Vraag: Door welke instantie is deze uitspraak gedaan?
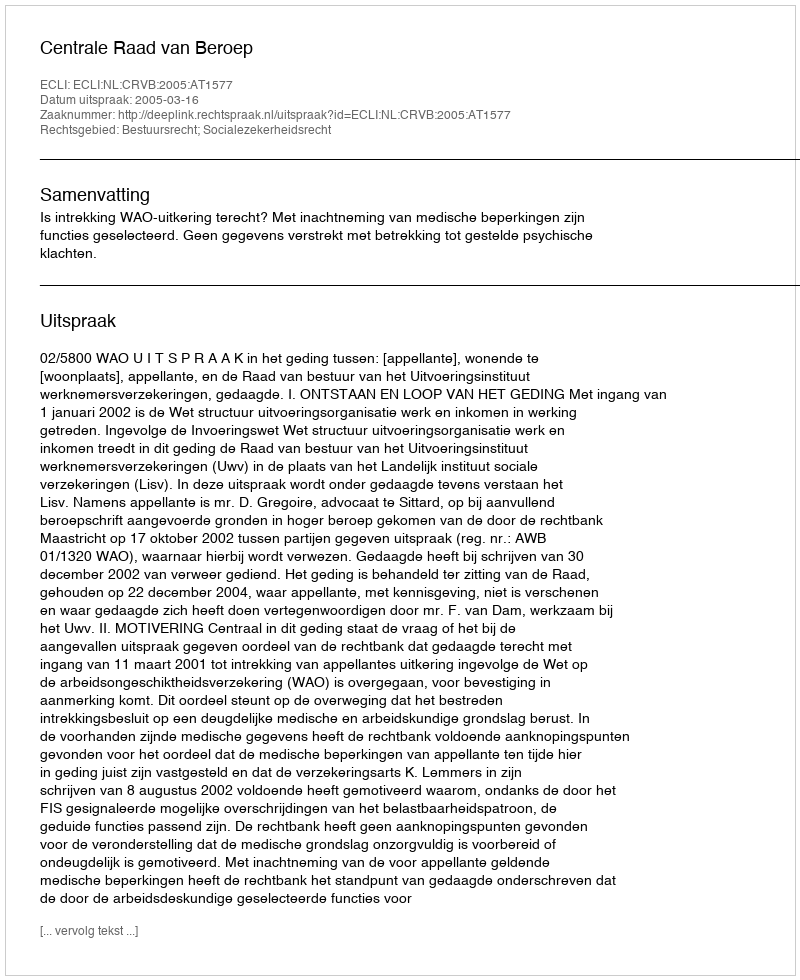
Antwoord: Centrale Raad van Beroep